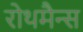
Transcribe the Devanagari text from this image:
रोथमैन्स